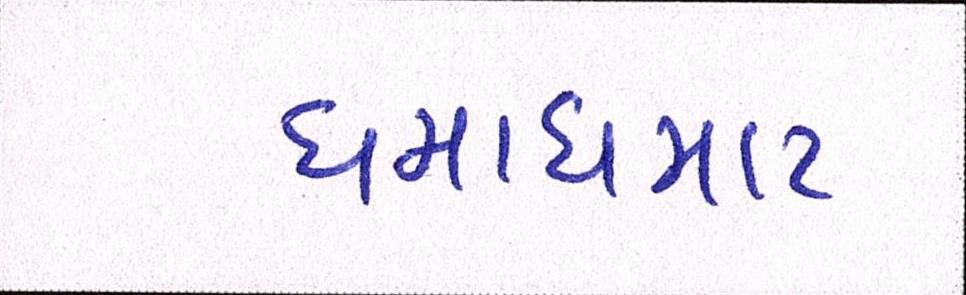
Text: ધમાધમાટ